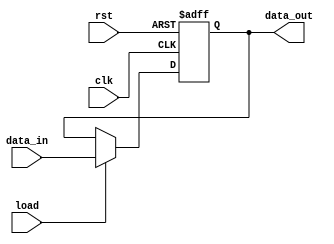
module MIE (    
    clk,
    rst,
    load,
    data_in, 
    data_out );

    input clk;
    input rst;
    input load;
    input   [3:0] data_in;
    output  reg [3:0] data_out;
    
    always @ (posedge clk or posedge rst) begin
    
        if(rst)
            data_out <= 4'd15;
        else if (load)
                data_out <= data_in;
            else 
                data_out <= data_out;
    end

endmodule